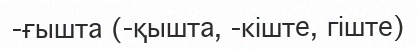
-ғышта (-қышта, -кіште, гіште)